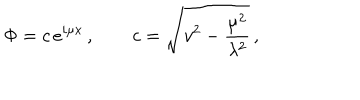
\Phi = c \, e ^ { i \mu x } \, , \qquad c = \sqrt { v ^ { 2 } - { \frac { \mu ^ { 2 } } { \lambda ^ { 2 } } } } \, ,